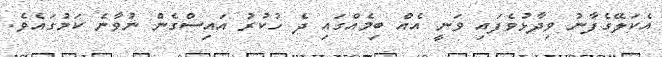
އެކަލޭގެފާނު ވިދާޅުވެފައި ވަނީ އެއް ބިމެއްގައި ދެ ހުކުރު އައިސްގެން ނުވާނެ ކަމުގައެވެ.